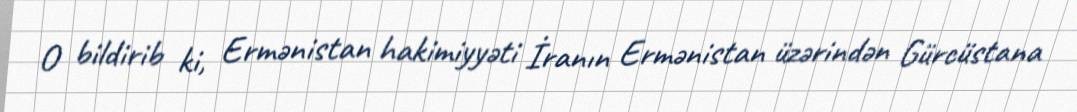
O bildirib ki, Ermənistan hakimiyyəti İranın Ermənistan üzərindən Gürcüstana